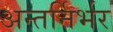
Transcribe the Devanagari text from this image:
अन्तर्निर्भर